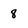
Character: 8